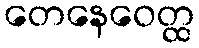
တေနေဝေတ္ထ